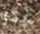
غدر